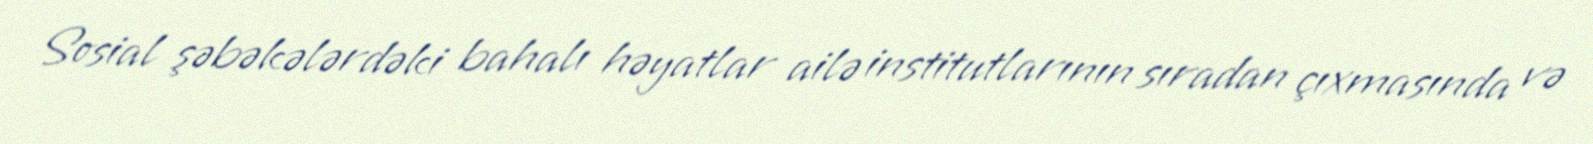
Sosial şəbəkələrdəki bahalı həyatlar ailə institutlarının sıradan çıxmasında və